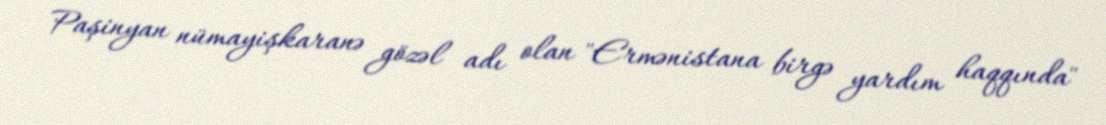
Paşinyan nümayişkaranə gözəl adı olan "Ermənistana birgə yardım haqqında"